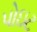
પોઇટ